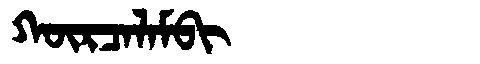
Manchu: ᡴᡡᡵᠴᠠᠯᠠᠮᠪᡳ
Romanization: KŪRCALAMBI